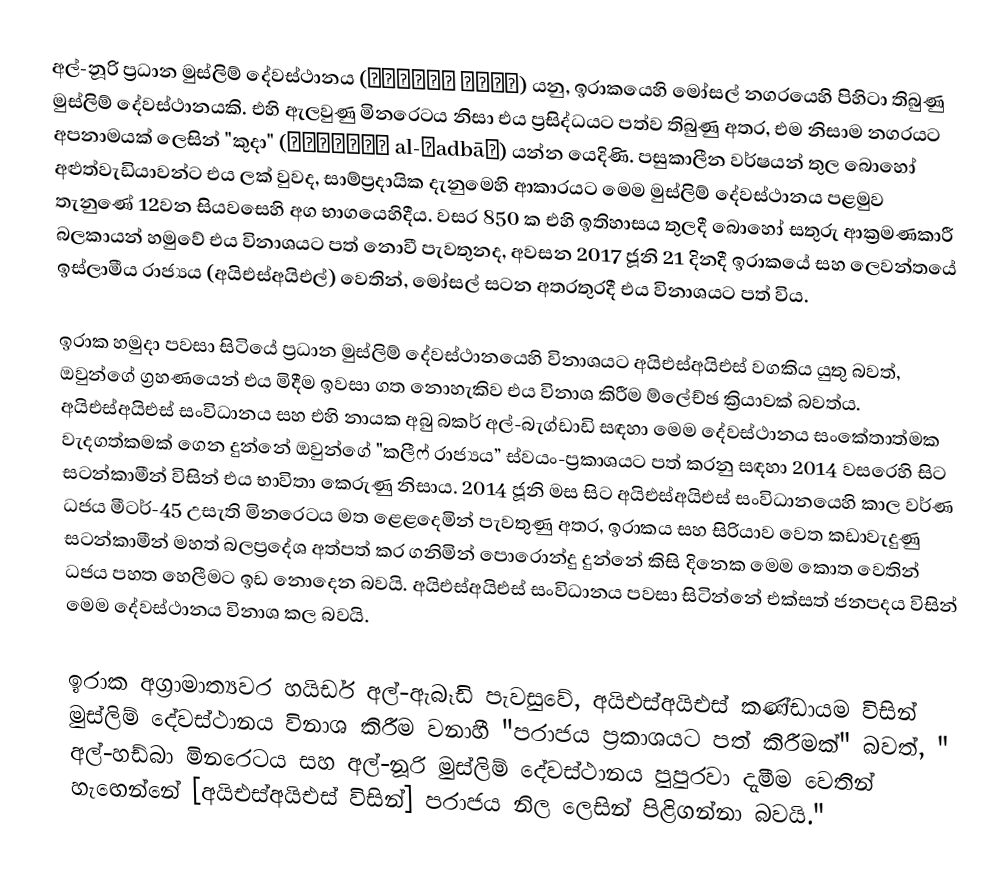
අල්-නූරි ප්‍රධාන මුස්ලිම් දේවස්ථානය (جامع النوري) යනු,  ඉරාකයෙහි මෝසල් නගරයෙහි පිහිටා තිබුණු මුස්ලිම් දේවස්ථානයකි. එහි ඇලවුණු මිනරෙටය නිසා එය ප්‍රසිද්ධයට පත්ව තිබුණු අතර, එම නිසාම නගරයට අපනාමයක් ලෙසින් "කුදා" (الحدباء al-Ḥadbāˈ) යන්න යෙදිණි. පසුකාලීන වර්ෂයන් තුල බොහෝ අළුත්වැඩියාවන්ට එය ලක් වුවද, සාම්ප්‍රදායික දැනුමෙහි ආකාරයට මෙම මුස්ලිම් දේවස්ථානය පළමුව තැනුණේ   12වන සියවසෙහි අග භාගයෙහිදීය. වසර 850 ක එහි ඉතිහාසය තුලදී බොහෝ සතුරු ආක්‍රමණකාරී බලකායන් හමුවේ එය විනාශයට පත් නොවී පැවතුනද, අවසන 2017 ජූනි 21 දිනදී  ඉරාකයේ සහ ලෙවන්තයේ ඉස්ලාමීය රාජ්‍යය (අයිඑස්අයිඑල්) වෙතින්, මෝසල් සටන අතරතුරදී එය විනාශයට පත් විය.

ඉරාක හමුදා පවසා සිටියේ ප්‍රධාන මුස්ලිම් දේවස්ථානයෙහි විනාශයට අයිඑස්අයිඑස් වගකිය යුතු බවත්,  ඔවුන්ගේ  ග්‍රහණයෙන් එය මිදීම ඉවසා ගත නොහැකිව එය විනාශ කිරීම ම්ලේච්ඡ ක්‍රියාවක් බවත්ය. අයිඑස්අයිඑස් සංවිධානය සහ එහි නායක අබු බකර් අල්-බැග්ඩාඩි සඳහා මෙම දේවස්ථානය සංකේතාත්මක වැදගත්කමක් ගෙන දුන්නේ ඔවුන්ගේ "කලීෆ් රාජ්‍යය” ස්වයං-ප්‍රකාශයට පත් කරනු සඳහා 2014 වසරෙහි සිට සටන්කාමීන් විසින් එය භාවිතා කෙරුණු නිසාය. 2014 ජූනි මස සිට අයිඑස්අයිඑස් සංවිධානයෙහි කාල වර්ණ ධජය මීටර්-45 උසැති මිනරෙටය මත ළෙළදෙමින් පැවතුණු අතර, ඉරාකය සහ සිරියාව වෙත කඩාවැදුණු සටන්කාමීන් මහත් බලප්‍රදේශ අත්පත් කර ගනිමින් පොරොන්දු දුන්නේ කිසි දිනෙක මෙම කොත වෙතින් ධජය පහත හෙලීමට ඉඩ නොදෙන බවයි. අයිඑස්අයිඑස් සංවිධානය පවසා සිටින්නේ එක්සත් ජනපදය විසින් මෙම දේවස්ථානය විනාශ කල බවයි.

ඉරාක අග්‍රාමාත්‍යවර හයිඩර් අල්-ඇබෑඩි පැවසුවේ, අයිඑස්අයිඑස් කණ්ඩායම විසින් මුස්ලිම් දේවස්ථානය විනාශ කිරීම වනාහී  "පරාජය ප්‍රකාශයට පත් කිරීමක්" බවත්, " අල්-හඩ්බා මිනරෙටය සහ අල්-නූරි මුස්ලිම් දේවස්ථානය පුපුරවා දැමීම වෙතින් හැඟෙන්නේ [අයිඑස්අයිඑස් විසින්] පරාජය නිල ලෙසින් පිළිගන්නා බවයි."